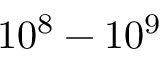
1 0 ^ { 8 } - 1 0 ^ { 9 }